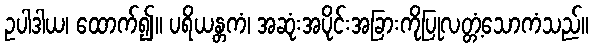
ဥပါဒါယ၊ ထောက်၍။ ပရိယန္တကံ၊ အဆုံးအပိုင်းအခြားကိုပြုလတ္တံ့သောကံသည်။